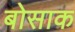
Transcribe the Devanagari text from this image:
बोसाक